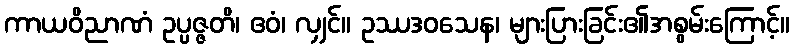
ကာယဝိညာဏံ ဥပ္ပဇ္ဇတိ၊ ဧဝံ၊ လျှင်။ ဥဿဒဝသေန၊ များပြားခြင်း၏အစွမ်းကြောင့်။